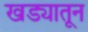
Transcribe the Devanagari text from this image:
खड्यातून